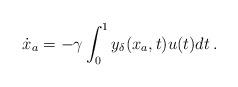
LaTeX: \begin{align*}\dot{{x}}_a = -\gamma \int_0^1 y_\delta({x}_a, t) u(t) dt \,.\end{align*}